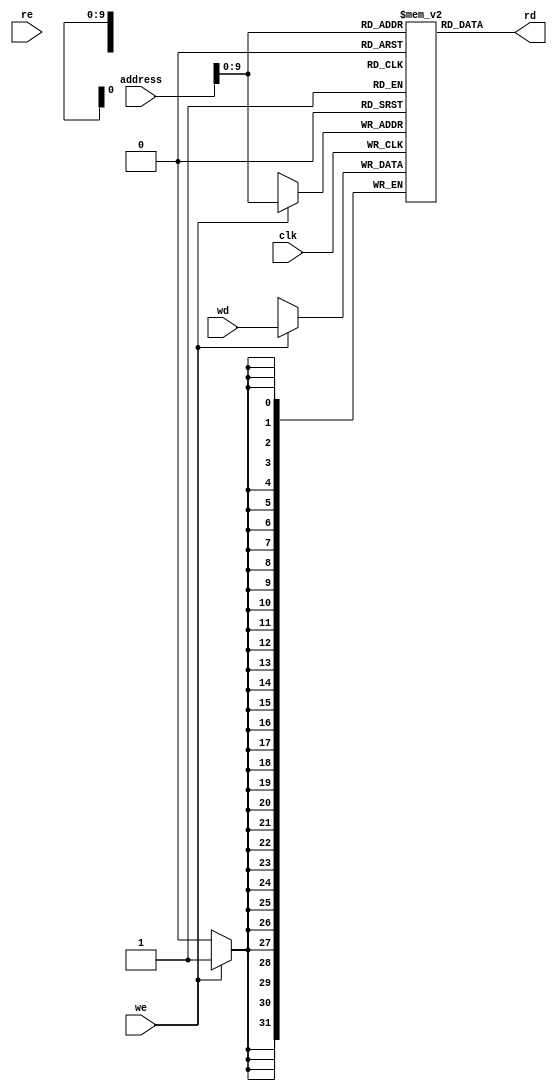
// Coder:           David Adrian Michel Torres, Eduardo Ethandrake Castillo Pulido
// Module name:	  instr_data_memory
// Project Name:	  risc_v_top
// Description:	  Memory that contains instructions to perform

module data_memory #(parameter DATA_WIDTH = 32, parameter ADDR_WIDTH = 32) (
	//inputs
	input [(DATA_WIDTH-1):0] wd, address,
	input we, re, clk,
	//outputs
	output [(DATA_WIDTH-1):0] rd
);

// Declare the RAM array
reg [DATA_WIDTH-1:0] ram[0:(ADDR_WIDTH*ADDR_WIDTH)-1];

integer i;
initial begin
	for(i=0;i<((ADDR_WIDTH*ADDR_WIDTH));i=i+1)
		ram[i] <= 32'h0;
end

always @(posedge clk)
begin
	//Write
	if (we)
		ram[address] <= wd;
end
	
// Reading if memory read enable
assign rd = ram[address];

endmodule